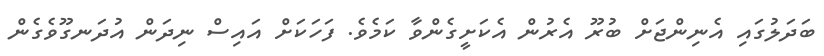
ބަދަލުގައި އެނިންޖަށް ބުރޫ އެރުން އެކަށީގެންވާ ކަމެވެ. ފަހަކަށް އައިސް ނިދަން އުދަނގޫވެގެން